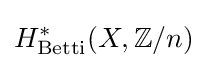
H_{\text{Betti}}^{*}(X,\mathbb {Z} /n)